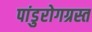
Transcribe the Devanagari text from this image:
पांडुरोगग्रस्त